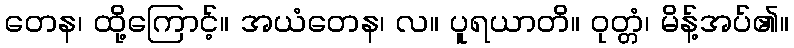
တေန၊ ထို့ကြောင့်။ အယံတေန၊ လ။ ပူရယာတိ။ ဝုတ္တံ၊ မိန့်အပ်၏။